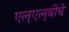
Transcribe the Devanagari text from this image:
एल्‌एल्‌बीचे